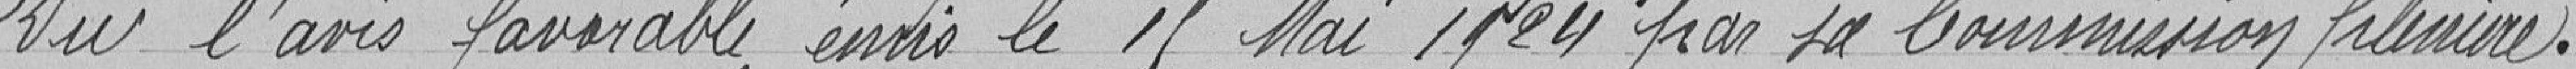
Vu l'avis favorable émis le 15 mai 1924 par sa commission plénière.